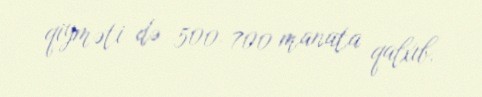
qiyməti də 500-700 manata qalxıb.